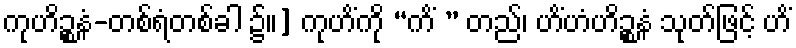
ကုဟိဉ္စနံ-တစ်ရံတစ်ခါ ၌။] ကုဟိံကို “ကိံ ” တည်၊ ဟိံဟံဟိဉ္စနံ သုတ်ဖြင့် ဟိံ